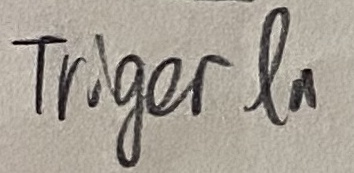
Text: TRIGER IN